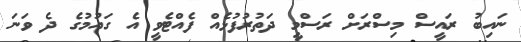
ނައިބު ރައީސް މިސްރަށް ރަސްމީ ދަތުރުފުޅެއް ފެއްޓެވީ އެ ގައުމުގެ ދެ ވަނަ